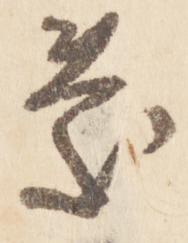
慶